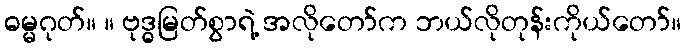
ဓမ္မဂုတ်။ ။ ဗုဒ္ဓမြတ်စွာရဲ့ အလိုတော်က ဘယ်လိုတုန်းကိုယ်တော်။